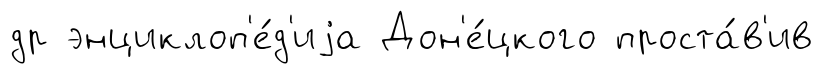
др энциклоп'е́д'иjа Дон'е́цкого проста́в'ив